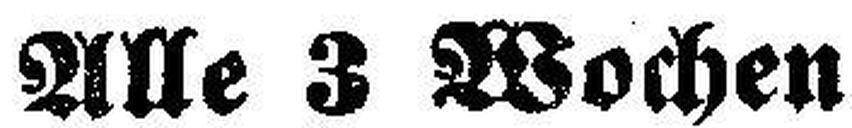
Alle 3 Wochen